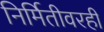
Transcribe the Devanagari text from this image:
निर्मितीवरही